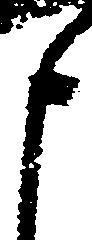
申